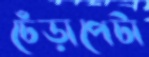
ঢেঁড়াপেটা